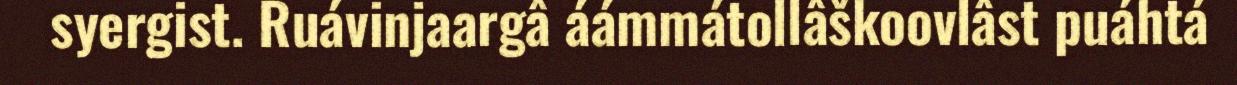
syergist. Ruávinjaargâ áámmátollâškoovlâst puáhtá